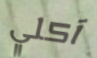
آكلي